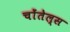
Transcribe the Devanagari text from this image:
चोंतेल्स